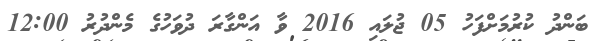
ބަންދު ކުރުމަށްފަހު 05 ޖުލައި 2016 ވާ އަންގާރަ ދުވަހުގެ މެންދުރު 12:00